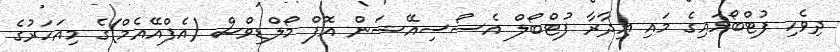
ދިވެހި ފުޓްބޯޅައިގެ މައި އިދާރާ ފުޓްބޯލް އެސޯސިއޭޝަން އޮފް މޯލްޑިވްސް (އެފްއޭއެމް)ގެ މިއަހަރުގެ